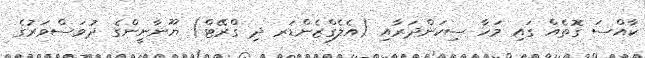
ކާއްސަ ގޮތެއް ގައި މަހާ ސިކަންދަރާއި (އެލެގްޒެންޑަރ ދި ގްރޭޓް) ޔޫނާނީންގެ ދުވަސްވަރުގެ